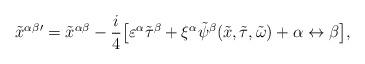
LaTeX: \begin{align*}{\tilde x^{\alpha \beta}}{}^{\prime} = {\tilde x^{\alpha \beta}} - \frac{i}{4} \big[ \varepsilon^{\alpha} {\tilde \tau}^{\beta} + \xi^{\alpha} \tilde{\psi}^{\beta}(\tilde x, {\tilde \tau}, {\tilde \omega}) + \alpha \leftrightarrow \beta \big],\end{align*}